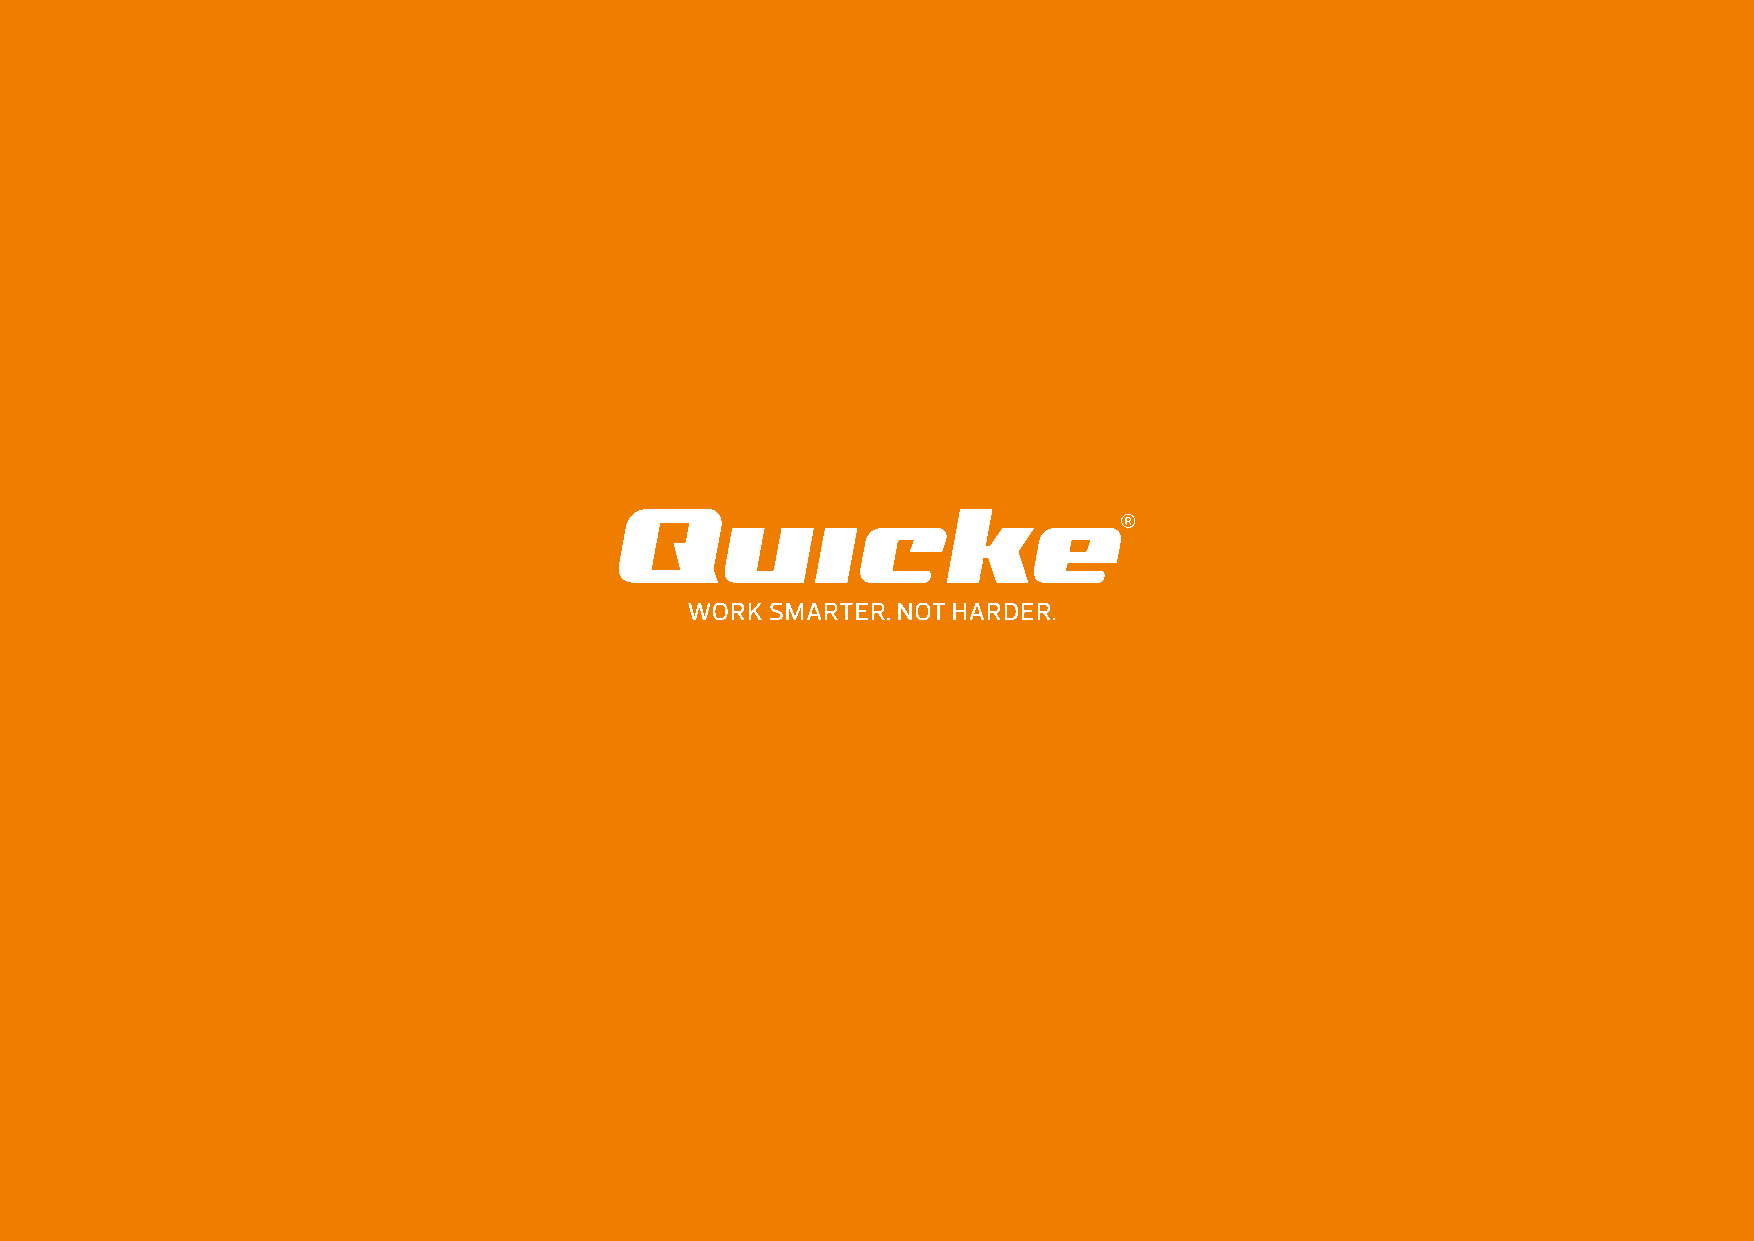
TTHHEE  IINNNNOOVVAATTOORR
 TTHHAATT  SSEETTSS  TTHHEE SSTTAANNDDAARRDD    FFOORR  FFAARRMMIINNGG  ––
 TTOODDAAYY  AANNDD   TTOOMMOORRRROOWW